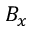
B _ { x }